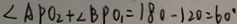
\angle A P O _ { 2 } + \angle B P O _ { 1 } = 1 8 0 - 1 2 0 = 6 0 ^ { \circ }